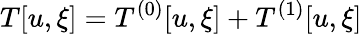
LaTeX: T[u,\xi]=T^{(0)}[u,\xi]+T^{(1)}[u,\xi]